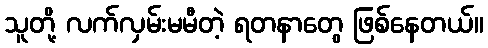
သူတို့ လက်လှမ်းမမီတဲ့ ရတနာတွေ ဖြစ်နေတယ်။